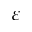
\varepsilon